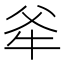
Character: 𭷕